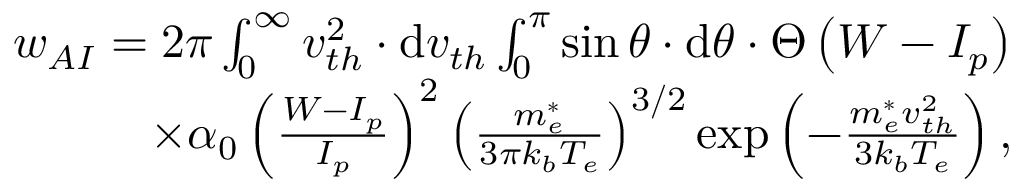
\begin{array} { r } { w _ { A I } = 2 \pi \int _ { 0 } ^ { \infty } v _ { t h } ^ { 2 } \cdot \mathrm { d } v _ { t h } \int _ { 0 } ^ { \pi } \sin \theta \cdot \mathrm { d } \theta \cdot \Theta \left( W - I _ { p } \right) } \\ { \times \alpha _ { 0 } \left( \frac { W - I _ { p } } { I _ { p } } \right) ^ { 2 } \left( \frac { m _ { e } ^ { * } } { 3 \pi k _ { b } T _ { e } } \right) ^ { 3 / 2 } \exp \left( - \frac { m _ { e } ^ { * } v _ { t h } ^ { 2 } } { 3 k _ { b } T _ { e } } \right) , } \end{array}